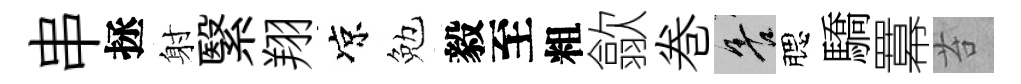
串拯射繄翔凉勉毅至粗歙巻善腮驕羃苔